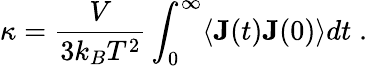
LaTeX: \kappa=\frac{V}{3k_{B}T^{2}}\int_{0}^{\infty}\langle\mathbf{J}(t)\mathbf{J}(0)\rangle dt\; .